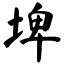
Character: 埤